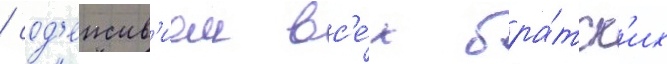
/ сод'еиств'ием вс'е́х бра́тск'их